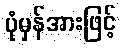
ပုံမှန်အားဖြင့်